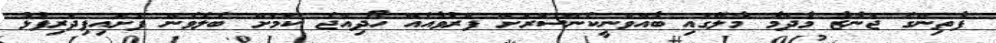
ފާތިންގެ ޖަނާޒާ މާދަމާ މާލޭގައި ބާއްވަނީކެންސަރަށް ފަރުވާއެއް ހޯދިއްޖެ ކަމަށް ބެލެވެން ފަށައިފިދަރިފުޅު